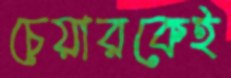
চেয়ারকেই